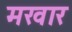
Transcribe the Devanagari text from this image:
मखार